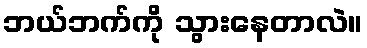
ဘယ်ဘက်ကို သွားနေတာလဲ။